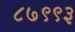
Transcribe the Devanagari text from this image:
८७९९३